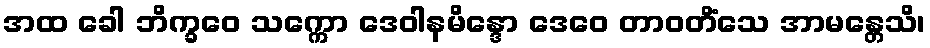
အထ ခေါ ဘိက္ခဝေ သက္ကော ဒေဝါနမိန္ဒော ဒေဝေ တာဝတိံသေ အာမန္တေသိ၊